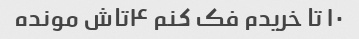
۱۰ تا خریدم فک کنم ۴تاش مونده